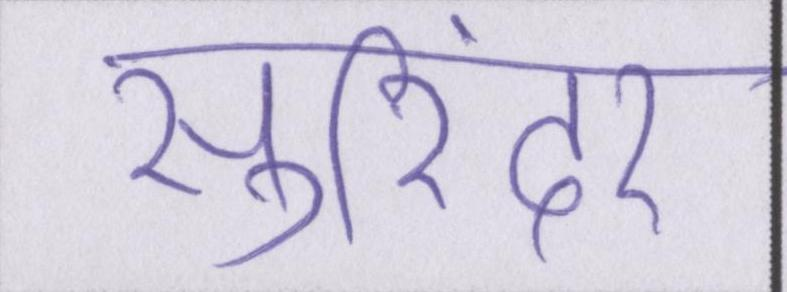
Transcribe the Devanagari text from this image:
सुरिंदर